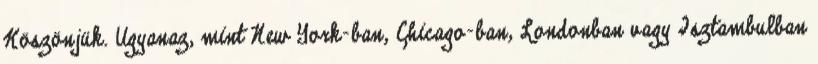
Köszönjük. Ugyanaz, mint New York-ban, Chicago-ban, Londonban vagy Isztambulban